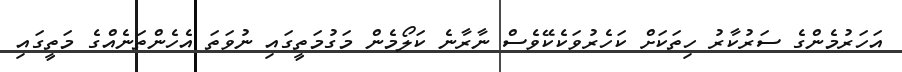
އަހަރުމެންގެ ސަރުކާރު ހިތަކަށް ކަހެރުވަކެކޭވެސް ނާރާނެ ކަލޯމެން މަގުމަތީގައި ނުވަތަ އެހެންތަނެއްގެ މަތީގައި